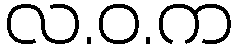
လ.ဝ.က